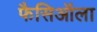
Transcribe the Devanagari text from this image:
फैसिऑला